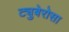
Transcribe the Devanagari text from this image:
ट्युबेरोसा